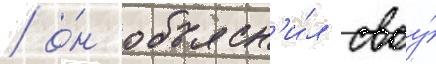
/ о́н объясн'и́л своу́